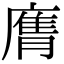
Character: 𭙶